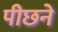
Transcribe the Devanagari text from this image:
पीछने